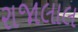
રાજાલાલ